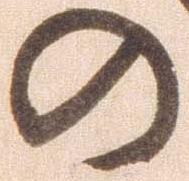
の